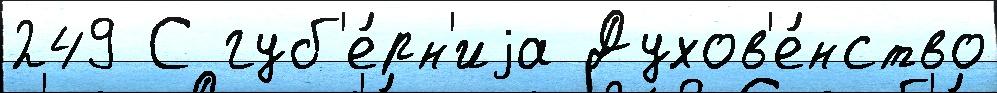
249 С губ'е́рн'иjа Духов'е́нство